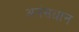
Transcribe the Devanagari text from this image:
अनंसधान